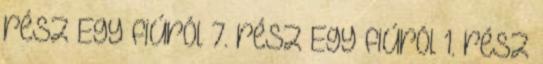
rész Egy fiúról 7. rész Egy fiúról 1. rész